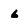
Character: 6